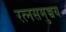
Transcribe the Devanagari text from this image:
रत्नसमुच्चय